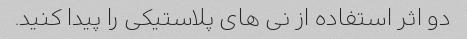
دو اثر استفاده از نی های پلاستیکی را پیدا کنید.